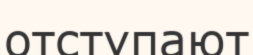
отступают